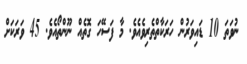
ނުވަތަ 10 ޑައިވަރުން ހަރަކާތްތެރިވެއެވެ. މާ ފަސޭހަ ގޮތެއް ނޫންތޯއެވެ. 45 ވަރަކަށް